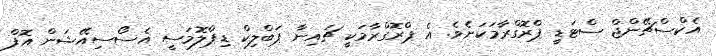
އެކްސްޗޭންޖް ސްޓަޑީ ޕްރޮގްރާމަކަށެވެ. އެ ޕްރޮގްރާމަކީ ޗައިނާ ޕަބްލިކް ޑިޕްލޮމަސީ އެސޯސިއޭޝަން އޮފް